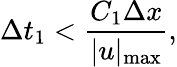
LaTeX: \Delta t_{1}<\frac{C_{1}\Delta x}{|u|_{\operatorname*{max}}},